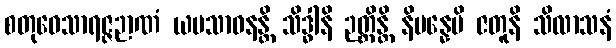
စတုဝေသာရဇ္ဇဉာဏံ ယမသာဓနန္တိ သိဒ္ဓါနိ ဉတ္တိန္တိ နိပန္နေပိ ဇတူနိ သိလာသနံ